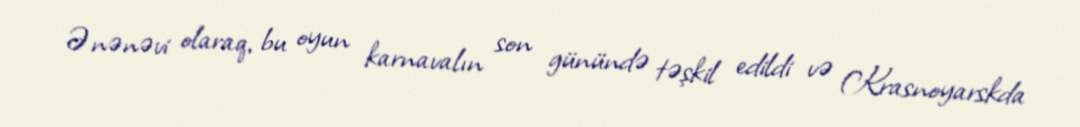
Ənənəvi olaraq, bu oyun karnavalın son günündə təşkil edildi və Krasnoyarskda